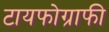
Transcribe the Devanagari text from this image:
टायफोग्राफी